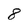
Character: 8